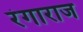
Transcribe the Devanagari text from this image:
रंगाराज